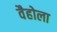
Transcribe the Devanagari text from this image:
वैहोला